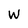
Character: W